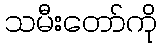
သမီးတော်ကို